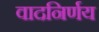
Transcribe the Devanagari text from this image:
वादनिर्णय